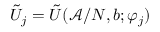
\tilde { U } _ { j } = \tilde { U } ( \mathcal { A } / N , b ; \varphi _ { j } )